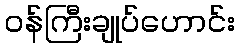
ဝန်ကြီးချုပ်ဟောင်း